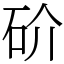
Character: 砎